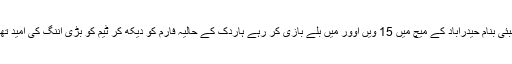
ممبئی بنام حیدرآباد کے میچ میں 15 ویں اوور میں بلے بازی کر رہے ہاردک کے حالیہ فارم کو دیکھ کر ٹیم کو بڑی اننگ کی امید تھی۔